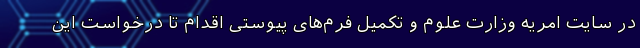
در سایت امریه وزارت علوم و تکمیل فرم‌های پیوستی اقدام تا درخواست این